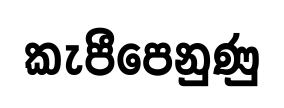
කැපීපෙනුණු